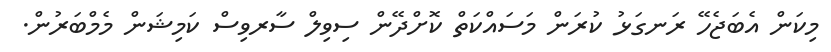
މިކަން އެބަޖެހޭ ރަނގަޅު ކުރަން މަސައްކަތް ކޮށްދޭން ސިވިލް ސާރވިސް ކަމިޝަން މެމްބަރުން.